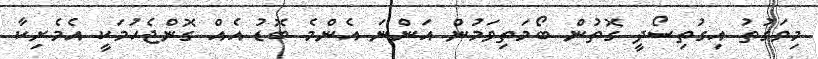
މިވަގުތު އިގުތިސޯދީ ގޮތުން ބޯމަތިވަމުން އަންނަ އެންމެ ބޮޑު އެއް ގޮންޖެހުމަކީ އެމެރިކާ